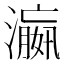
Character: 𬉑